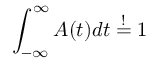
\int _ { - \infty } ^ { \infty } A ( t ) d t \overset { ! } { = } 1